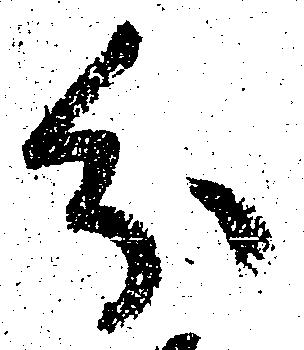
分